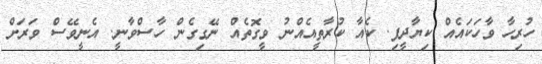
ހުރިހާ ވާހަކައެއް ކިޔާދީފި. ކެއާ ކުރާތީއެއްނު ވީގޮތެއް ނޭގިގެން ހާސްވާނީ. އެނީވޭސް ވަރަށް